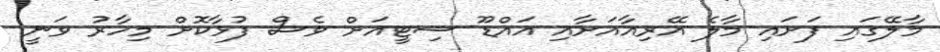
މާލޭގައި ފަށައި މާލެ އޭރިއާއަށާއި އައްޑޫ ސިޓީއަށް ވެސް ފުޅާކޮށް މިހާރު ވަނީ